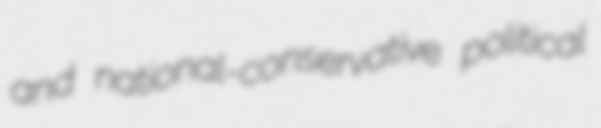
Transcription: and national-conservative political